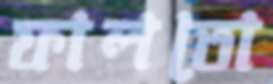
ফালতো